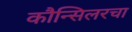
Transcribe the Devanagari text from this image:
कौन्सिलरचा